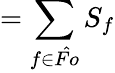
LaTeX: =\sum_{f\in\hat{Fo}}S_{f}